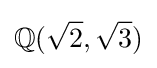
\mathbb {Q} ({\sqrt {2}},{\sqrt {3}})